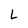
Character: L